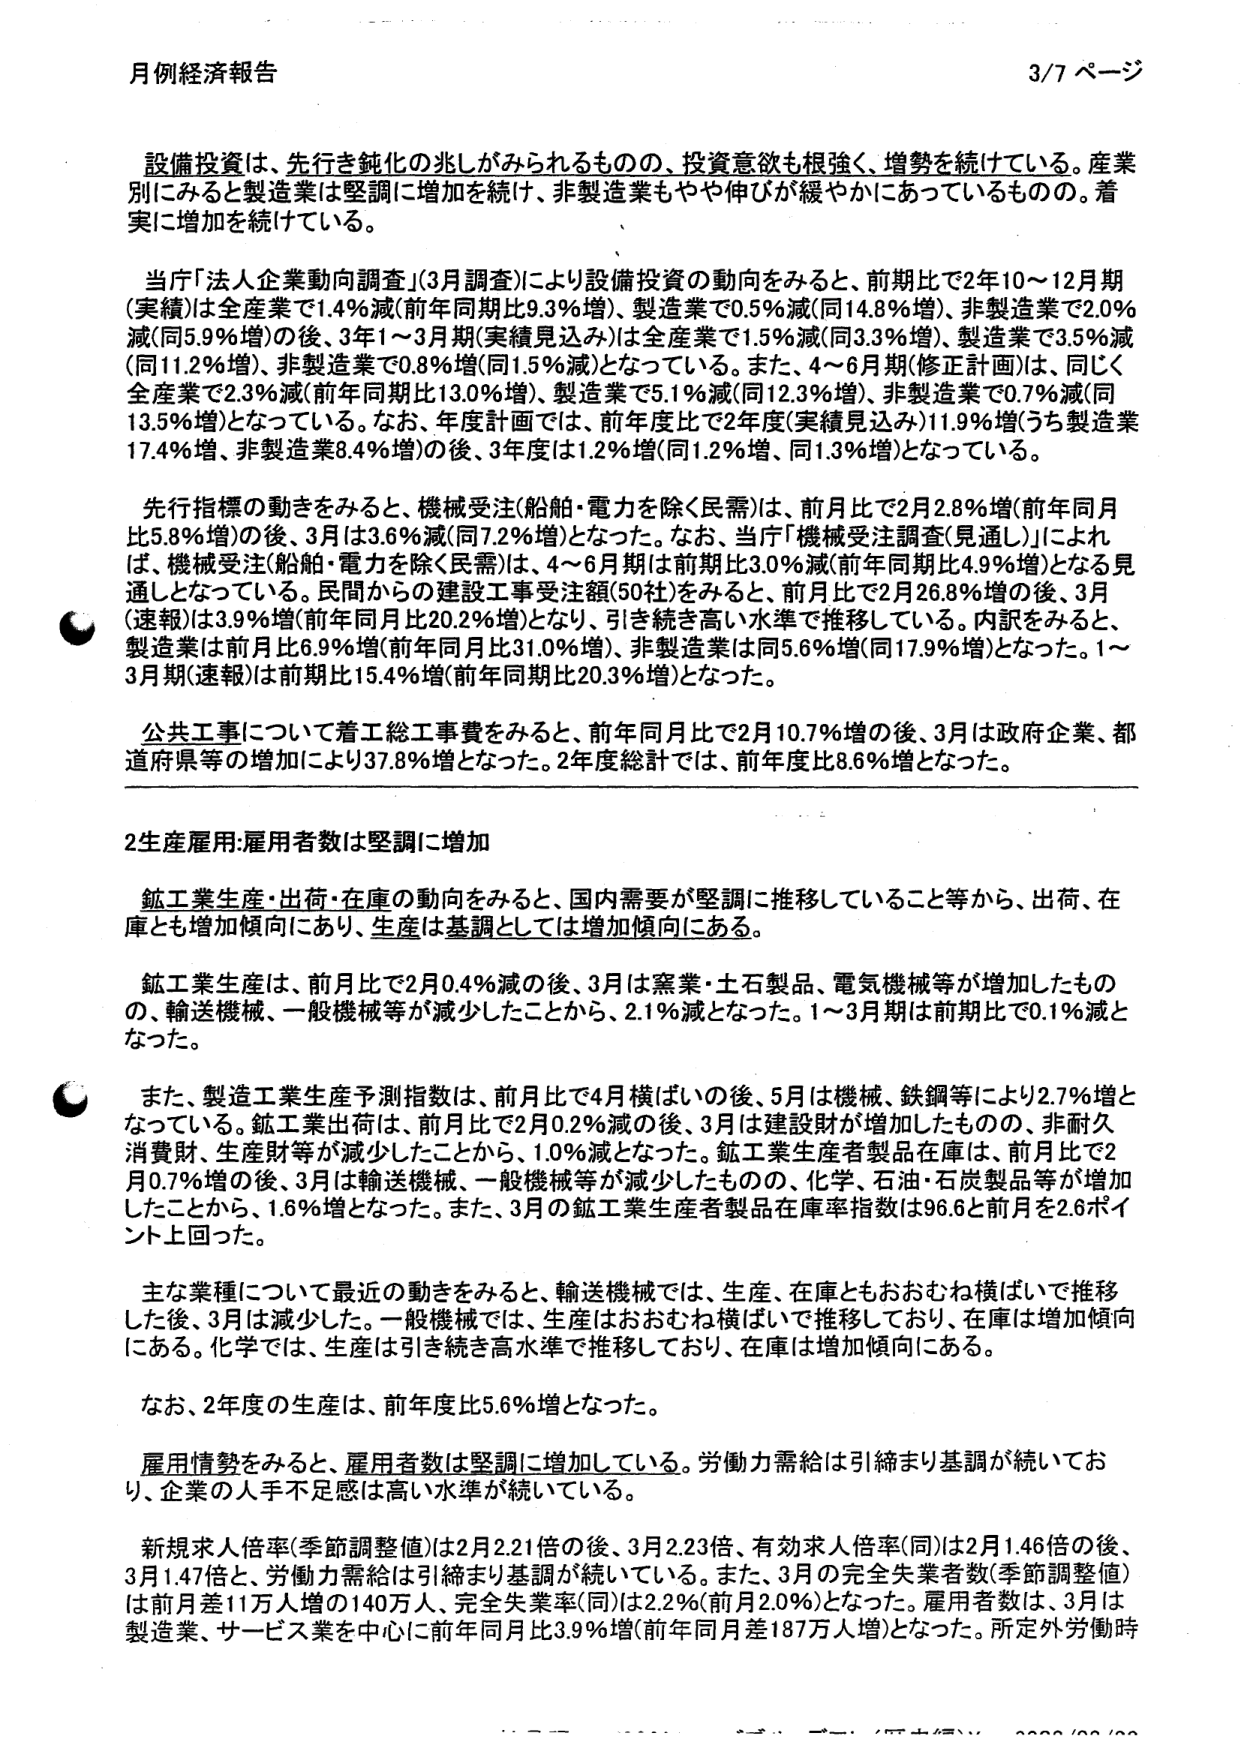
月例経済報告 3/7 ページ

設備投資は、先行き鈍化の兆しがみられるものの、投資意欲も根強く、増勢を続けている。産業別にみると製造業は堅調に増加を続け、非製造業もやや伸びが緩やかにあってい るものの。着実に増加を続けている。

当庁「法人企業動向調査」(3月調査)により設備投資の動向をみると、前期比で2年10～12月期(実績)は全産業で1.4%減(前年同期比9.3%増)、製造業で0.5%減(同14.8%増)、非製造業で2.0%減(同5.9%増)の後、3年1～3月期(実績見込み)は全産業で1.5%減(同3.3%増)、製造業で3.5%減(同11.2%増)、非製造業で0.8%増(同1.5%増)となっている。また、4～6月期(修正計画)は、同じく全産業で2.3%減(前年同期比13.0%増)、製造業で5.1%減(同12.3%増)、非製造業で0.7%減(同13.5%増)となっている。なお、年度計画では、前年度比で2年度(実績見込み)11.9%増(うち製造業17.4%増、非製造業8.4%増)の後、3年度は1.2%増(同1.2%増、同1.3%増)となっている。

先行指標の動きをみると、機械受注(船舶・電力を除く民需)は、前月比で2月2.8%増(前年同月比5.8%増)の後、3月は3.6%減(同7.2%増)となった。なお、当庁「機械受注調査(見通し)」によれば、機械受注(船舶・電力を除く民需)は、4～6月期は前期比3.0%減(前年同期比4.9%増)となる見通しとなっている。民需からの建設工事受注額(50社)をみると、前月比で2月26.8%増の後、3月(速報)は3.9%増(前年同月比20.2%増)となり、引き続き高い水準で推移している。内訳をみると、製造業は前月比6.9%増(前年同月比31.0%増)、非製造業は同5.6%増(同17.9%増)となった。1～3月期(速報)は前期比15.4%増(前年同期比20.3%増)となった。

公共工事について着工総工事費をみると、前年同月比で2月10.7%増の後、3月は政府企業、都道府県等の増加により37.8%増となった。2年度総計では、前年度比8.6%増となった。

2生産雇用:雇用者数は堅調に増加

鉱工業生産・出荷・在庫の動向をみると、国内需要が堅調に推移していること等から、出荷、在庫とも増加傾向にあり、生産は基調としては増加傾向にある。

鉱工業生産は、前月比で2月0.4%減の後、3月は窯業・土石製品、電気機械等が増加したものの、輸送機械、一般機械等が減少したことから、2.1%減となった。1～3月期は前期比で0.1%減となった。

また、製造工業生産予測指数は、前月比で4月横ばいの後、5月は機械、鉄鋼等により2.7%増となっている。鉱工業出荷は、前月比で2月0.2%減の後、3月は建設財が増加したものの、非耐久消費財、生産財等が減少したことから、1.0%減となった。鉱工業生産者製品在庫は、前月比で2月0.7%増の後、3月は輸送機械、一般機械等が減少したものの、化学、石油・石炭製品等が増加したことから、1.6%増となった。また、3月の鉱工業生産者製品在庫率指数は96.6と前月を2.6ポイント上回った。

主な業種について最近の動きをみると、輸送機械では、生産、在庫ともおおむね横ばいで推移した後、3月は減少した。一般機械では、生産はおおむね横ばいで推移しており、在庫は増加傾向にある。化学では、生産は引き続き高水準で推移しており、在庫は増加傾向にある。

なお、2年度の生産は、前年度比5.6%増となった。

雇用情勢をみると、雇用者数は堅調に増加している。労働力需給は引続き基調が続いており、企業の人手不足感は高い水準が続いている。

新規求人倍率(季節調整値)は2月2.21倍の後、3月2.23倍、有効求人倍率(同)は2月1.46倍の後、3月1.47倍と、労働力需給は引続き基調が続いている。また、3月の完全失業者数(季節調整値)は前月差11万人増の140万人、完全失業率(同)は2.2%(前月2.0%)となった。雇用者数は、3月は製造業、サービス業を中心に前年同月比3.9%増(前年同月差187万人増)となった。所定外労働時